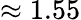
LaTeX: \approx 1.55